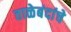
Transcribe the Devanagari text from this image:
ताळेबंदांचे